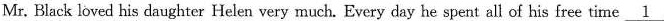
Mr. Black loved his daughter Helen very much.Every day he spent all of his free time\underline{1}